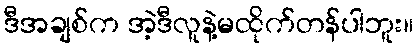
ဒီအချစ်က အဲ့ဒီလူနဲ့မထိုက်တန်ပါဘူး။